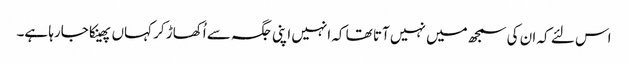
اس لئے کہ ان کی سمجھ میں نہیں آتا تھا کہ انہیں اپنی جگہ سے اُکھاڑ کر کہاں پھینکا جارہا ہے۔